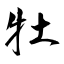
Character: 牡